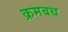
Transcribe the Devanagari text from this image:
क्रमबध